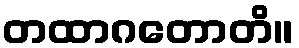
တထာဂတောတိ။